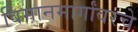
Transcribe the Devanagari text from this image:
विमानमार्गांवरचे